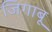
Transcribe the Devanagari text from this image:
जिगाबू